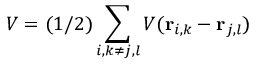
V = ( 1 / 2 ) \sum _ { i , k \neq j , l } V ( { \bf r } _ { i , k } - { \bf r } _ { j , l } )